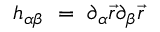
h _ { \alpha \beta } \ = \ \partial _ { \alpha } \vec { r } \partial _ { \beta } \vec { r }